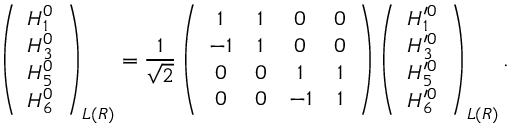
\left( \begin{array} { c } { { H _ { 1 } ^ { 0 } } } \\ { { H _ { 3 } ^ { 0 } } } \\ { { H _ { 5 } ^ { 0 } } } \\ { { H _ { 6 } ^ { 0 } } } \end{array} \right) _ { L ( R ) } = \frac { 1 } { \sqrt { 2 } } \left( \begin{array} { c c c c } { { 1 } } & { { 1 } } & { { 0 } } & { { 0 } } \\ { { - 1 } } & { { 1 } } & { { 0 } } & { { 0 } } \\ { { 0 } } & { { 0 } } & { { 1 } } & { { 1 } } \\ { { 0 } } & { { 0 } } & { { - 1 } } & { { 1 } } \end{array} \right) \left( \begin{array} { c } { { H _ { 1 } ^ { \prime 0 } } } \\ { { H _ { 3 } ^ { \prime 0 } } } \\ { { H _ { 5 } ^ { \prime 0 } } } \\ { { H _ { 6 } ^ { \prime 0 } } } \end{array} \right) _ { L ( R ) } .